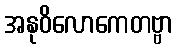
အနုဝိလောကေတဗ္ဗာ